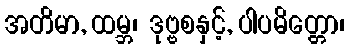
အတိမာ, ထမ္ဘ၊ ဒုဗ္ဗစနှင့်, ပါပမိတ္တော၊